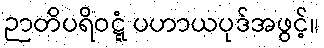
ဉာတိပရိဝဋ္ဋံ ပဟာယပုဒ်အဖွင့်။